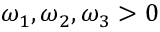
\omega _ { 1 } , \omega _ { 2 } , \omega _ { 3 } > 0